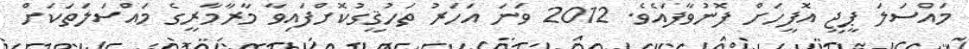
މައްސަލަ ޕީޖީ އޮފީހަށް ފޮނުވާފައެވެ. 2012 ވަނަ އަހަރު ތަހުޤީގުކޮށްފައިވާ މާރާމާރީގެ މައްސަލަތަކަށް